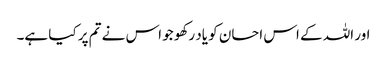
اور اللہ کے اس احسان کو یاد رکھو جو اس نے تم پر کیا ہے۔